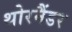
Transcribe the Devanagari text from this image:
थोरनैंडर